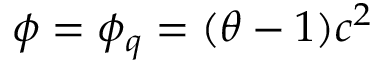
\phi = \phi _ { q } = ( \theta - 1 ) c ^ { 2 }